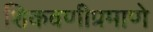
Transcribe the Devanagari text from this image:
शिकवणीप्रमाणे